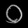
Digit: ၀